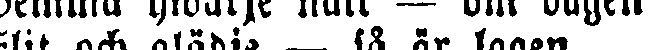
Hemma hwarje natt — om dagen